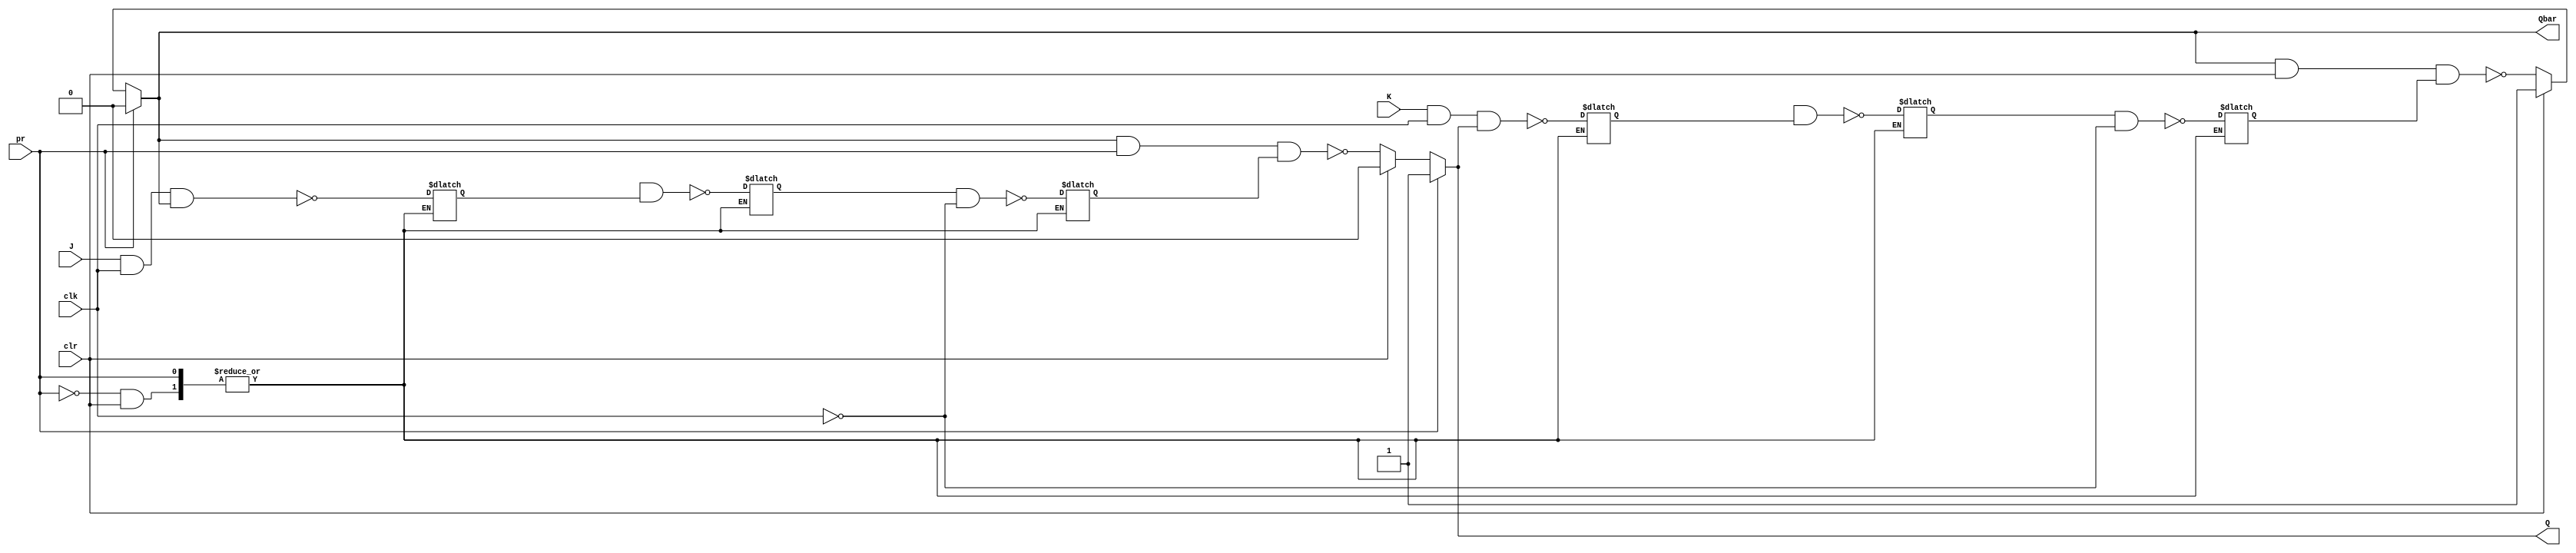
module master_slave(
  input J,K,clk,pr,clr,
  output reg Q,Qbar
);
  wire w1,w2,w3,w4;
  always@(clk) begin
    if(pr) begin
      Q<=1;
      Qbar<=0;
    end
    else if(clr) begin
      Q<=0;
      Qbar<=1;
    end
    else begin
      w1 <= ~(J & clk & Qbar);
      w2 <= ~(K & clk & Q);
      w3 <= ~(Qmbar & w1);
      w4 <= ~(Qm & w2);
      w5 <= ~(w3 & (~clk));
      w6 <= ~(w4 & (~clk));
      Q <= ~(Qbar & pr & w5);
      Qbar <= ~(Qbar & clr & w6);
    end
  end
endmodule